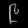
Digit: ၉